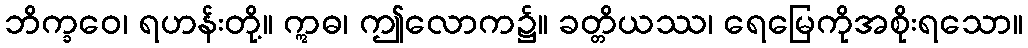
ဘိက္ခဝေ၊ ရဟန်းတို့။ ဣဓ၊ ဤလောက၌။ ခတ္တိယဿ၊ ရေမြေကိုအစိုးရသော။